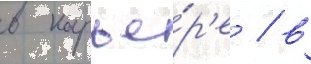
в карье́р'е / в